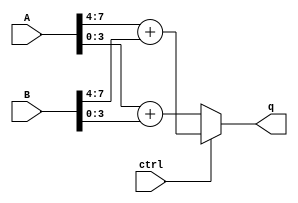
`timescale 1ns / 1ps
//////////////////////////////////////////////////////////////////////////////////
// Company: 
// Engineer: 
// 
// Design Name: 
// Module Name: nibbleadd
// Project Name: 
// Target Devices: 
// Tool Versions: 
// Description: 
// 
// Dependencies: 
// 
// Revision:
// Revision 0.01 - File Created
// Additional Comments:
// 
//////////////////////////////////////////////////////////////////////////////////

//!DO NOT MODIFY MODULE NAME AND PORT NAME!
module nibbleadd(
    input [7:0]A,
    input [7:0]B,
    input ctrl,
    output reg [4:0]q
);

always @(A or B or ctrl) begin
    if (ctrl) begin
        q <= A[7:4] + B[7:4];
    end
    else begin
        q <= A[3:0] + B[3:0];
    end
end

//YOUR CODE HERE
endmodule